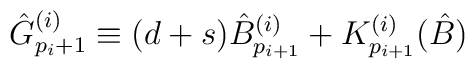
{\hat G}^{(i)}_{p_i+1}\equiv (d+s) {\hat B  }^{(i)}_{p_{i+1}}+ {  K}^{(i)}_{p_{i+1}}(\hat B )